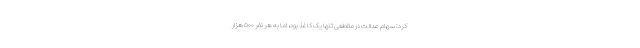
کرد: سهام عدالت در مقطعی تنها یک کاغذ بود، اما به هر نفر ۵۰۰ هزار